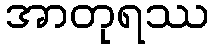
အာတုရဿ